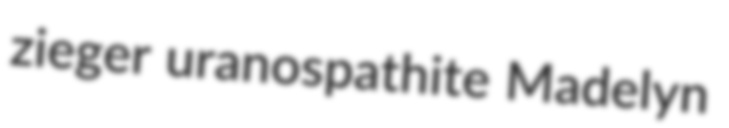
zieger uranospathite Madelyn